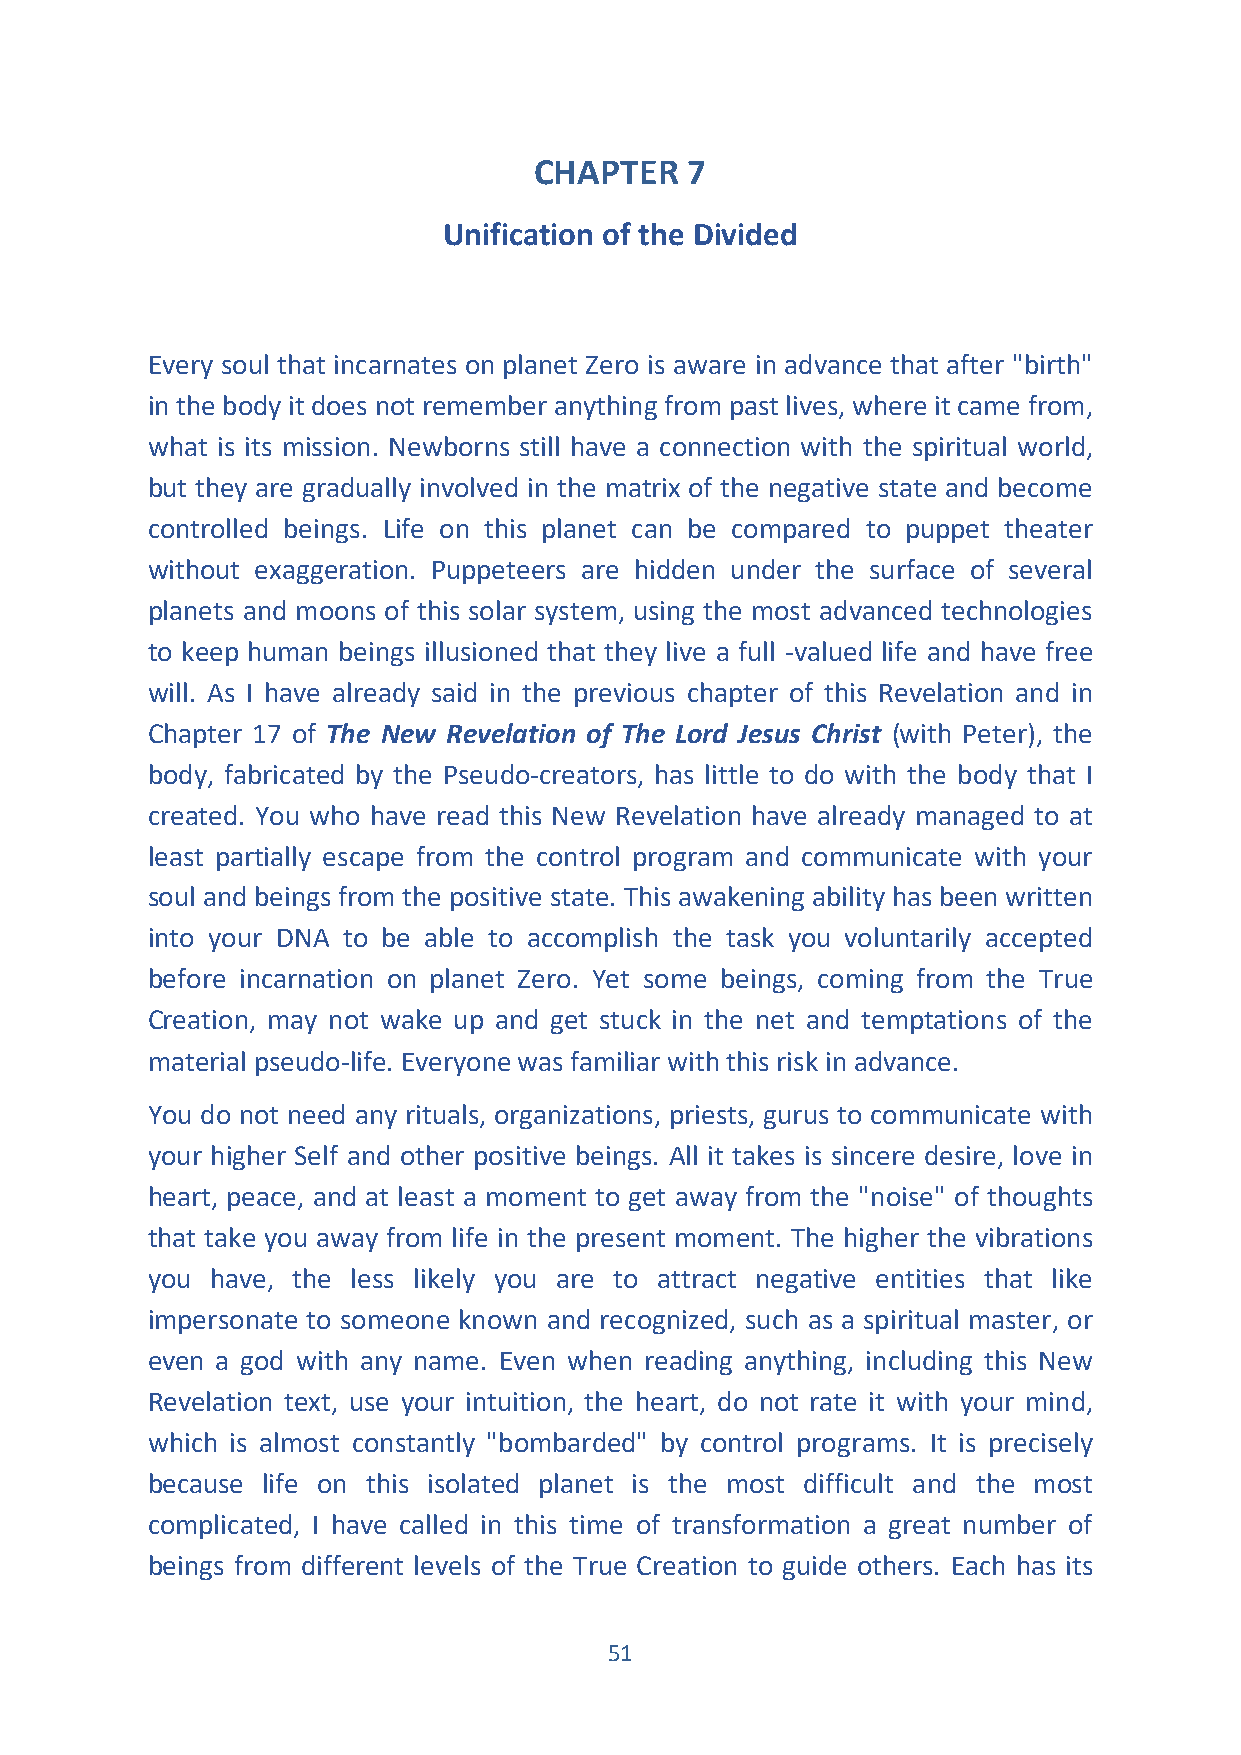
CHAPTER   7
 Unification of the Divided
 Every soul that incarnates on planet Zero is aware in advance that after "birth"
 in the body it does not remember anything from past lives, where it came from,
 what is its mission. Newborns still have a connection with the spiritual world,
 but they are gradually involved in the matrix of the negative state and become
 controlled beings. Life on this planet can be compared to puppet theater
 without exaggeration. Puppeteers are hidden under the surface of several
 planets and moons of this solar system, using the most advanced technologies
 to keep human beings illusioned that they live a full -valued life and have free
 will. As I have already said in the previous chapter of this Revelation and in
 Chapter 17 of The New Revelation of The Lord Jesus Christ (with Peter), the
 body, fabricated by the Pseudo-creators, has little to do with the body that I
 created. You who have read this New Revelation have already managed to at
 least partially escape from the control program and communicate with your
 soul and beings from the positive state. This awakening ability has been written
 into your DNA to be able to accomplish the task you voluntarily accepted
 before incarnation on planet Zero. Yet some beings, coming from the True
 Creation, may not wake up and get stuck in the net and temptations of the
 material pseudo-life. Everyone was familiar with this risk in advance.
 You do not need any rituals, organizations, priests, gurus to communicate with
 your higher Self and other positive beings. All it takes is sincere desire, love in
 heart, peace, and at least a moment to get away from the "noise" of thoughts
 that take you away from life in the present moment. The higher the vibrations
 you have, the less likely you are to attract negative entities that like
 impersonate to someone known and recognized, such as a spiritual master, or
 even a god with any name. Even when reading anything, including this New
 Revelation text, use your intuition, the heart, do not rate it with your mind,
 which is almost constantly "bombarded" by control programs. It is precisely
 because life on this isolated planet is the most difficult and the most
 complicated, I have called in this time of transformation a great number of
 beings from different levels of the True Creation to guide others. Each has its
 51